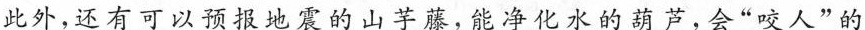
此外，还有可以预报地震的山芋藤，能净化水的葫芦，会”咬人”的